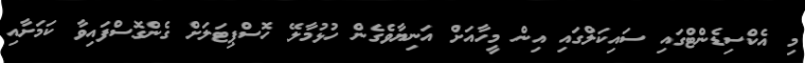
މި އެކްސިޑެންޓްގައި ސައިކަލްގައި އިން މީހާއަށް އަނިޔާވެގެން ހުޅުމާލޭ ހޮސްޕިޓަލަށް ގެންގޮސްފައިވާ ކަމަށާއި